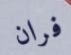
فران